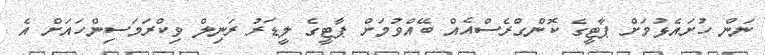
ނަން ހުށައެޅުމަށް ޕާޓީގެ ކޮންގްރެސްއެއް ބޭއްވުމަށް ޕާޓީގެ ލީޑަރު ރަނިލް ވިކްރަމަސިންހައަށް އެ